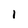
Character: 1